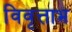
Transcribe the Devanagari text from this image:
विवृत्ताभ